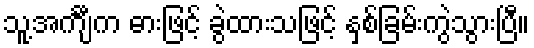
သူ့အင်္ကျီက ဓားဖြင့် ခွဲထားသဖြင့် နှစ်ခြမ်းကွဲသွားပြီ။